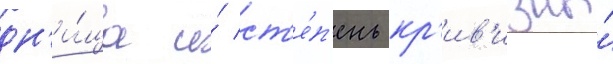
дн'и́ща и́ ст'е́п'ень кр'ив'изны́